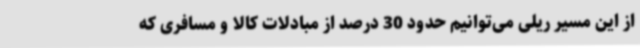
از این مسیر ریلی می‌توانیم حدود 30 درصد از مبادلات کالا و مسافری که